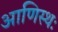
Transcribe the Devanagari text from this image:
आणिस्थः